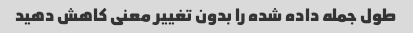
طول جمله داده شده را بدون تغییر معنی کاهش دهید